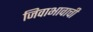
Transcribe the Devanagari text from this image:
जिवाभावाची